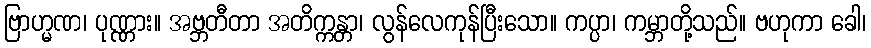
ဗြာဟ္မဏ၊ ပုဏ္ဏား။ အဗ္ဘတီတာ အတိက္ကန္တာ၊ လွန်လေကုန်ပြီးသော။ ကပ္ပာ၊ ကမ္ဘာတို့သည်။ ဗဟုကာ ခေါ၊